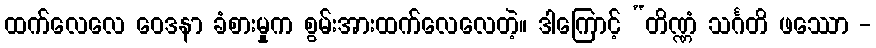
ထက်လေလေ ဝေဒနာ ခံစားမှုက စွမ်းအားထက်လေလေတဲ့။ ဒါကြောင့် “တိဏ္ဏံ သင်္ဂတိ ဖဿော -